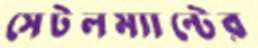
সেটলম্যান্টের